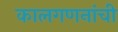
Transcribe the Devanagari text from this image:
कालगणनांची